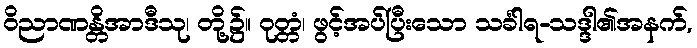
ဝိညာဏန္တိအာဒီသု၊ တို့၌။ ဝုတ္တံ၊ ဖွင့်အပ်ပြီးသော သင်္ခါရ-သဒ္ဒါ၏အနက်,